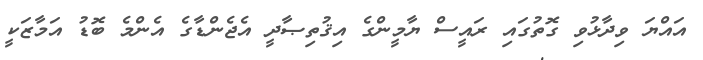
އައްޔަ ވިދާޅުވި ގޮތުގައި ރައީސް ޔާމީންގެ އިޤުތިޞާދީ އެޖެންޑާގެ އެންމެ ބޮޑު އަމާޒަކީ